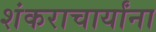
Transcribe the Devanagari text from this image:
शंकराचार्यांना